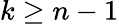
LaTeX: k\geq n-1